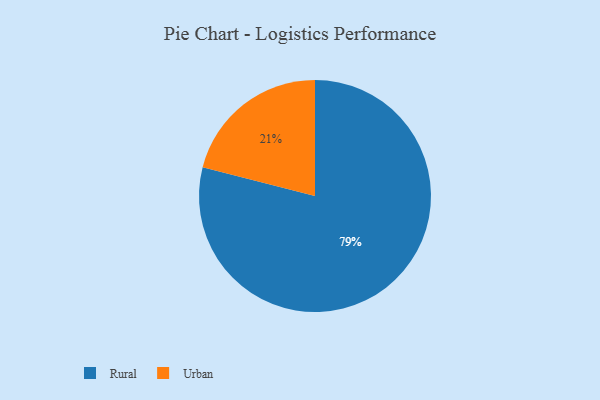
{"axis": {"x": "Category", "y": "Percentage"}, "legend": ["Rural", "Urban"], "data": [{"x": "Urban", "y": 21, "type": "Urban"}, {"x": "Rural", "y": 79, "type": "Rural"}]}